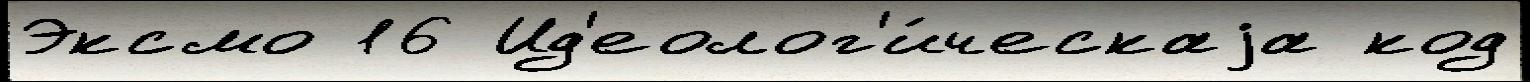
Эксмо 16 Ид'еолог'и́ческаjа код